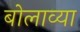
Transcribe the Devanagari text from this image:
बोलाव्या